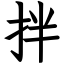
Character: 拌